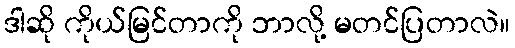
ဒါဆို ကိုယ်မြင်တာကို ဘာလို့ မတင်ပြတာလဲ။